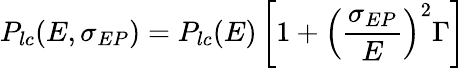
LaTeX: P_{lc}(E,\sigma_{EP})=P_{lc}(E)\left[1+\left(\frac{\sigma_{EP}}{E}\right)^{2}\Gamma\right]\,